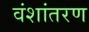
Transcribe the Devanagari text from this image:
वंशांतरण